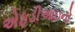
એફડીઆઇનો